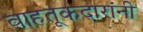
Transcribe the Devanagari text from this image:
वाहतूकदारांनी